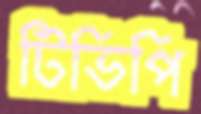
টিভিপি